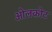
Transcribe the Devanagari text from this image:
ओलकोट